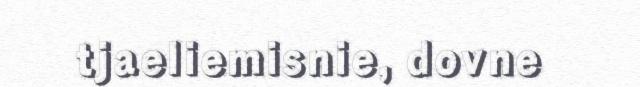
tjaeliemisnie, dovne